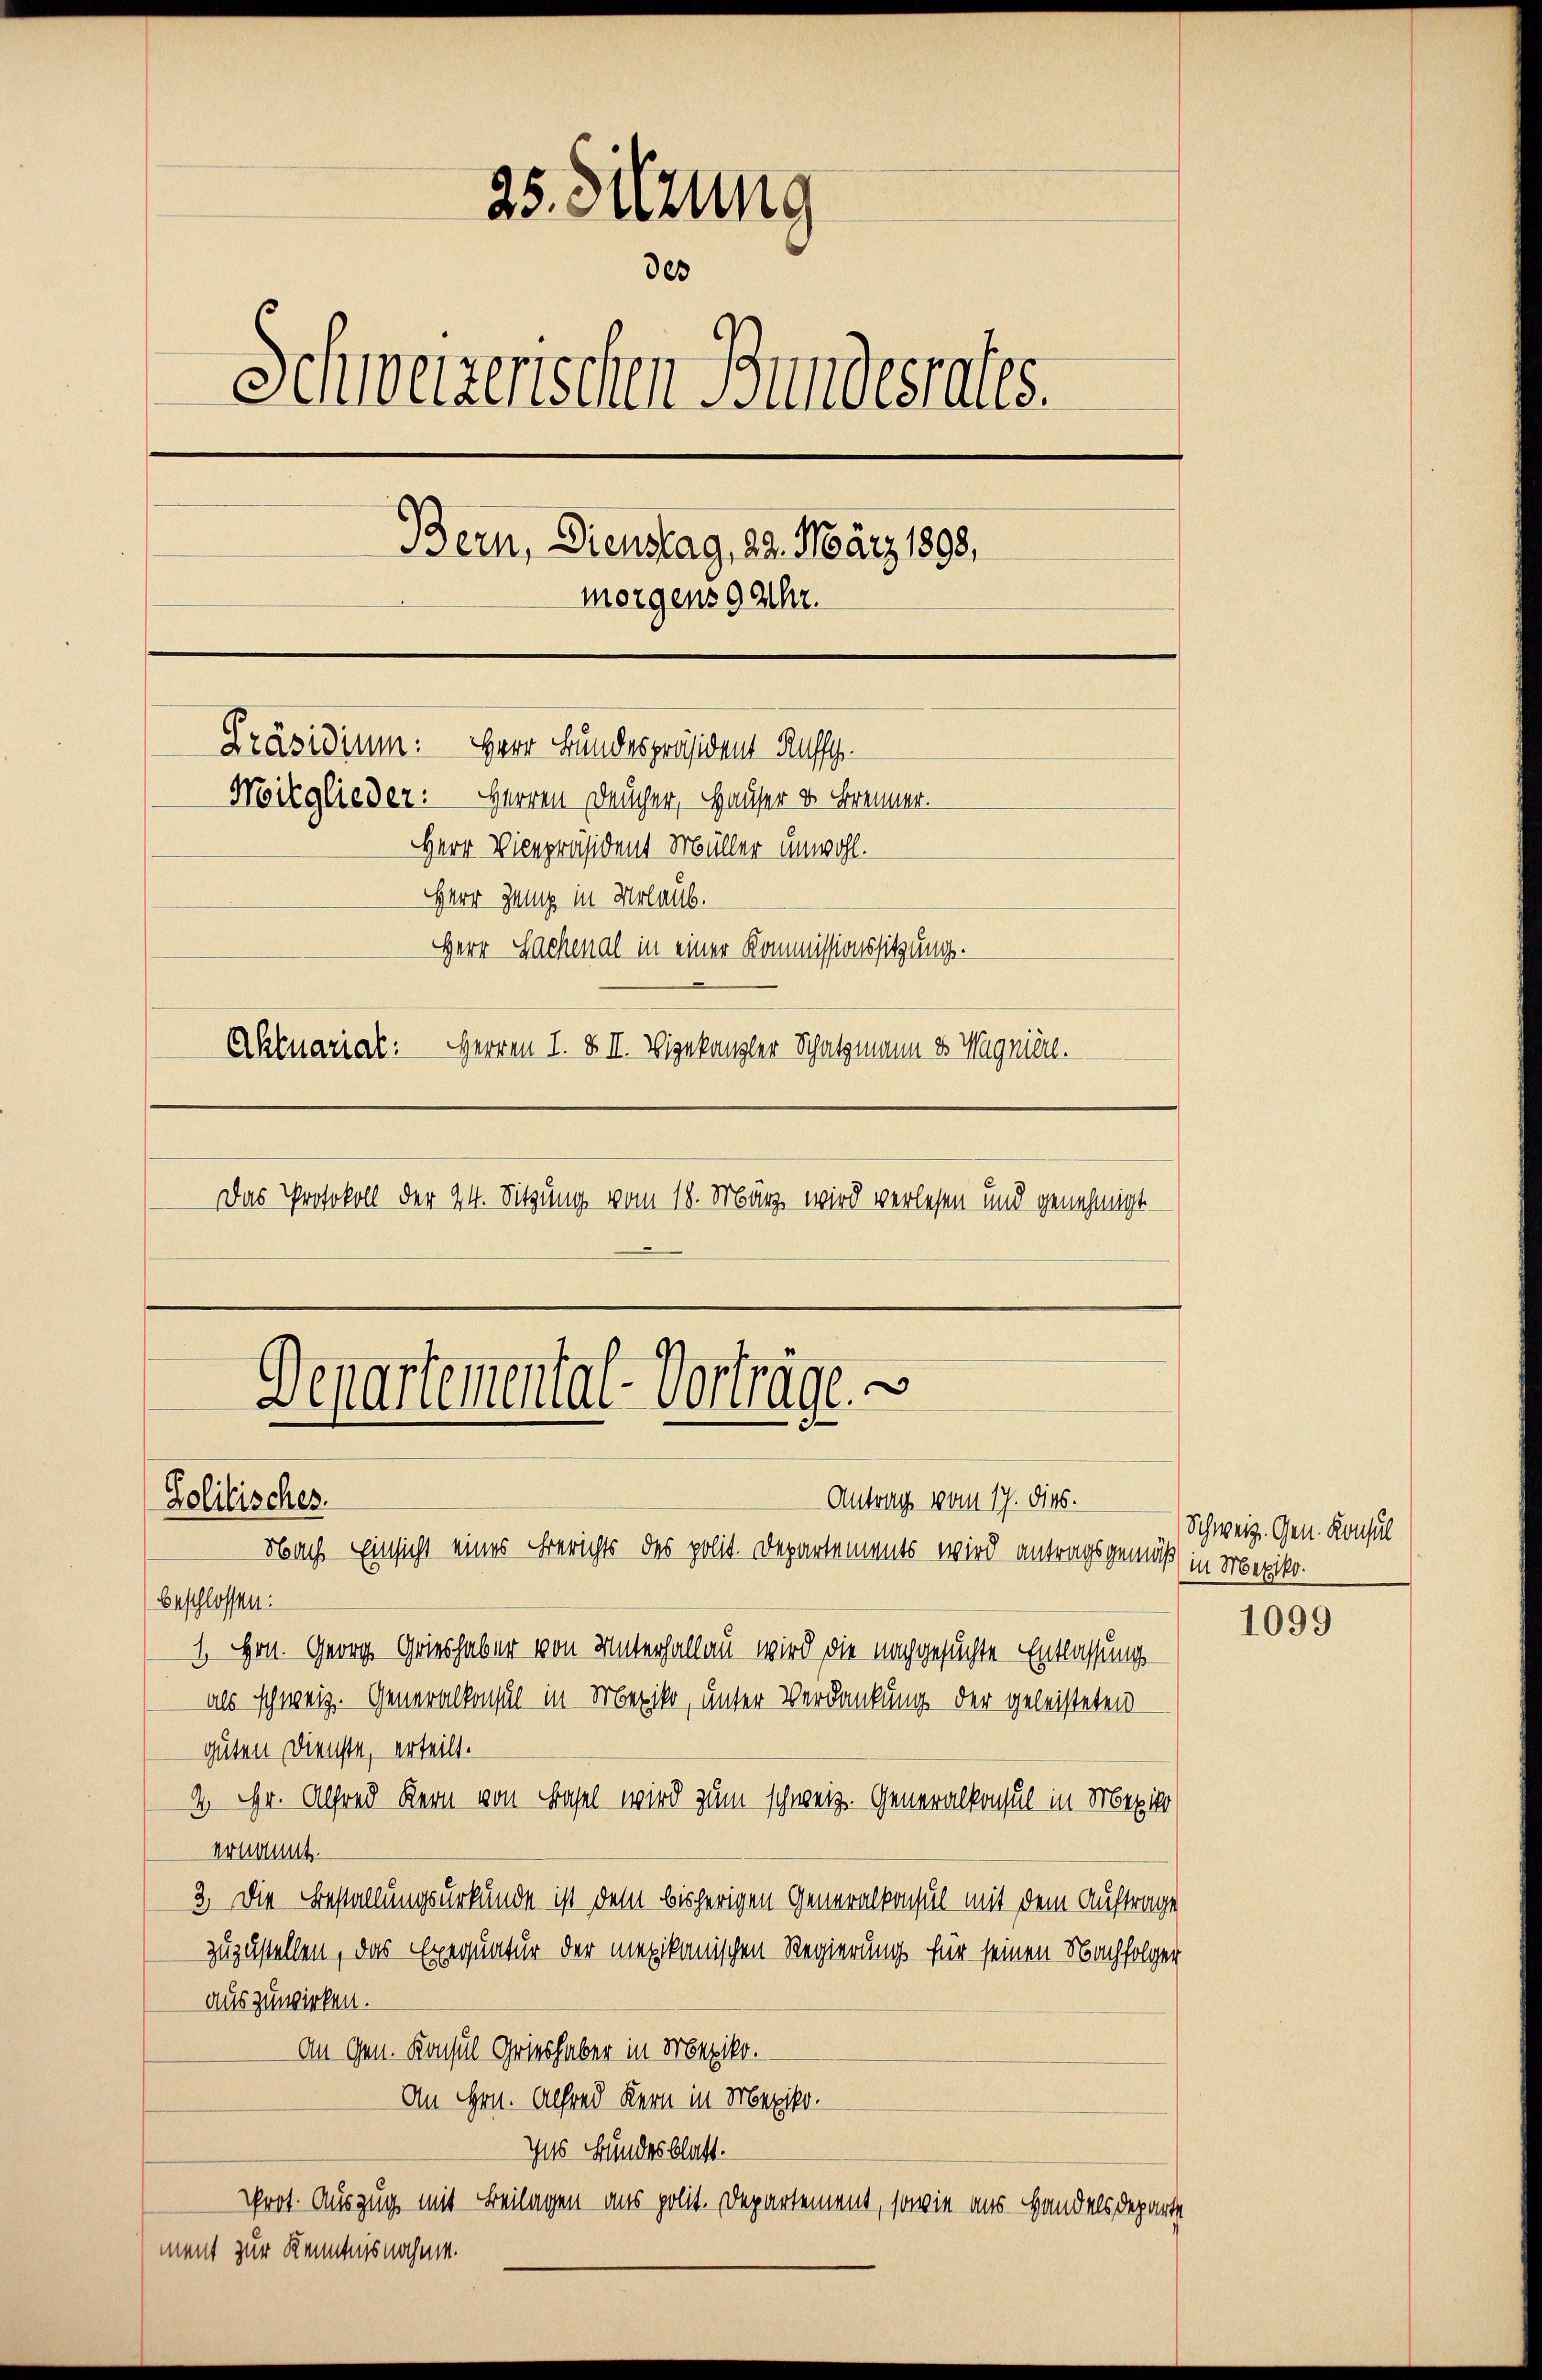
25. Sitzung
des
Schweizerischen Bundesrates.
Bern, Dienstag, 22. März 1890.
morgens 9 Uhr.
Präsidium: Herr Bundespräsident Ruff.
Moitglieder: Herren Deucher, Hauser von Brenner.
Herr Vicepräsident Müller unwohl.
Herr Zeug in Urlaub.
Herr Sachenal in einer Kommissionssitzung.
Aktuariat: Herren I. & II. Vizekanzler Schatzmann es Wagnierl.
Das Protokoll der 24. Sitzung vom 18. März wird verlesen und genehmigt

Departemental-Vorträge.
Antrag vom 17. dies.
Solitisches.
Nbach Einsicht eines Berichts des polit. Departements wird antragsgemäß in Mexiko¬

beschlossen:
1. Hrn. Georg Gries haber von Unterhallau wird die nachgesuchte Entlassungsals schweiz. Generalkonsul in Mexiko, unter Verdankung der geleisteten
guten Dienste, erteilt.
4. Hr. Alfred Kern von Basel wird zum schweiz. Generalkonsul in Mexiko
Ernannt.
3. Die Bestallungsurkunde ist dem bisherigen Generalkonsul mit dem Auftrage
zuzustellen, das Exequatur der mexikanischen Regierung für seinen Nachfolger
auszuwirken.
An Gen. Konsul Gries haber in Mexik.
An Hrn. Alfred Kern in Mexiko
Ins Bundesblatt.
Prot. Auszug mit Beilagen aus polit. Departement, sowie aus Handels Departe
ment zur Kenntnisnahme.

Schweiz. Gen. Konsul

1099